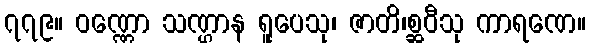
၇၇၉။ ဝဏ္ဏော သဏ္ဌာန ရူပေသု၊ ဇာတိ၊စ္ဆဝီသု ကာရဏေ။